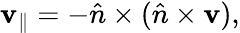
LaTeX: \mathbf{v}_{\parallel}=-{\hat{n}}\times({\hat{n}}\times\mathbf{v}),